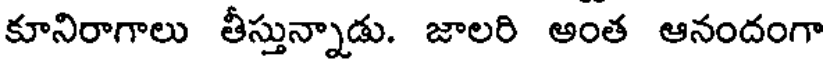
కూనిరాగాలు తీస్తున్నాడు. జాలరి అంత ఆనందంగా